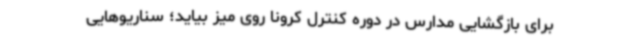
برای بازگشایی مدارس در دوره کنترل کرونا روی میز بیاید؛ سناریوهایی